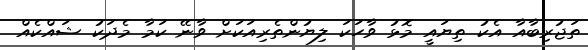
ތަޖުރިބާއާ އެކު ތިޔައީ މޮޅު ވާހަކަ ލިޔުންތެރިއަކަށް ވާނޭ ކަމާ މެދަކު ޝައްކެއް